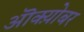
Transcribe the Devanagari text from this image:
ऒक्य़ोबर